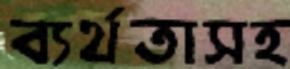
ব্যর্থতাসহ